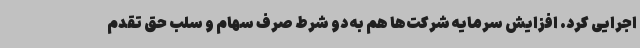
اجرایی کرد. افزایش سرمایه شرکت‌ها هم به دو شرط صرف سهام و سلب حق تقدم